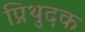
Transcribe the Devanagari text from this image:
प्रिथुदक